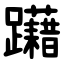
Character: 躤